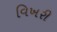
વિખરી